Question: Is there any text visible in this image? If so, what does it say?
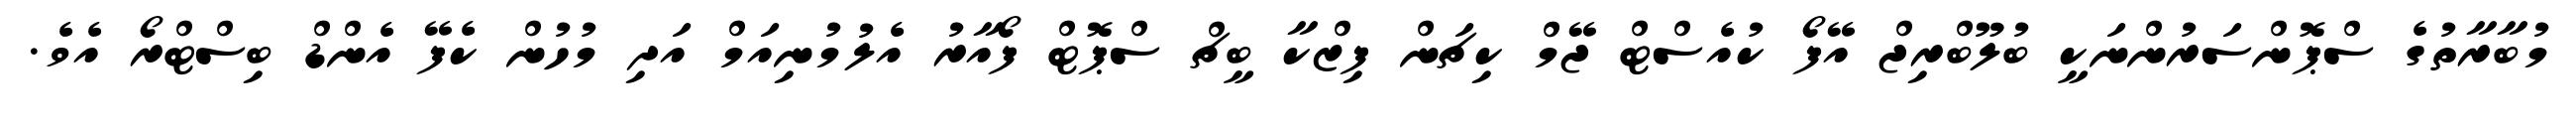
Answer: މުބާރާތުގެ ސްޕޮންސަރުންނަކީ ބުލޫބްރިޖް އޭފޯ ކުއެސްޓް ޖޭމް ކިޗަން ފިޒްކާ ބީޗް ސްޕޮޓް ފޯއާރު އެލުމުނިއަމް އަދި މުހުން ކެފޭ އެންޑް ބިސްޓްރޯ އެވެ.